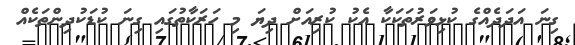
ގިނަ އަދަދެއްގެ ކުޅިވަރުތަކަކާ އެކު ކުރިއަށް ދިޔަ މި ހަރަކާތުގައި ގިނަ ކުޑަކުދިންތަކެއް